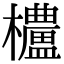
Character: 𬅒